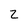
Character: 2